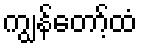
ကျွန်တော့်ထံ